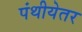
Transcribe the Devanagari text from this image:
पंथीयेतर